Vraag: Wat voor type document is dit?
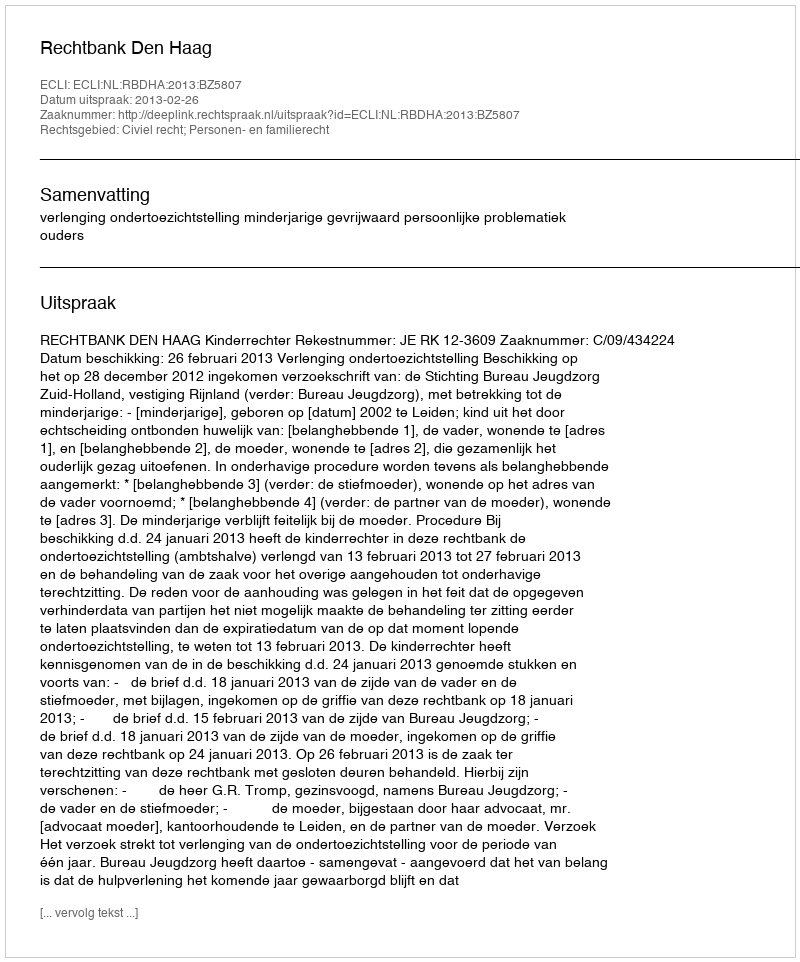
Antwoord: Uitspraak